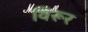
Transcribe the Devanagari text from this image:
विरूर